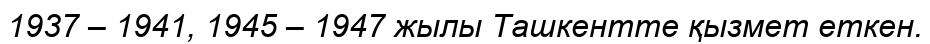
1937 – 1941, 1945 – 1947 жылы Ташкентте қызмет еткен.